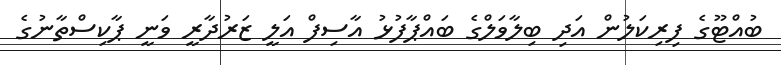
ބުއްޓޫގެ ފިރިކަލުން އަދި ބިލާވަލްގެ ބައްޕާފުޅު އާސިފް އަލީ ޒަރުދާރީ ވަނީ ޕާކިސްތާނުގެ